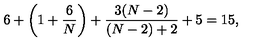
6 + \left( 1 + \frac 6 N \right) + \frac { 3 ( N - 2 ) } { ( N - 2 ) + 2 } + 5 = 1 5 ,